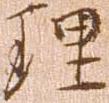
理